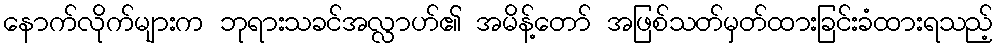
နောက်လိုက်များက ဘုရားသခင်အလ္လာဟ်၏ အမိန့်တော် အဖြစ်သတ်မှတ်ထားခြင်းခံထားရသည့်